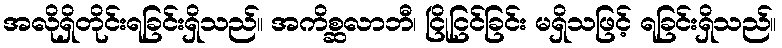
အလိုရှိတိုင်းရခြင်းရှိသည်။ အကိစ္ဆလာဘီ၊ ငြိုငြင်ခြင်း မရှိသဖြင့် ရခြင်းရှိသည်။